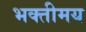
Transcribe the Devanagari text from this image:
भक्तीमय